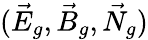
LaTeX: (\vec{E}_{g},\vec{B}_{g},\vec{N}_{g})